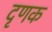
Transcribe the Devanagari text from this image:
दृणक